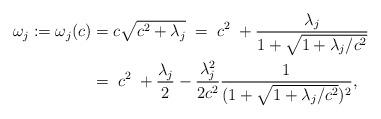
LaTeX: \begin{align*} \omega_j := \omega_j(c) &= c \sqrt{c^2+\lambda_j} \; = \; c^2 \; + \frac{\lambda_j}{1+\sqrt{1+\lambda_j/c^2} } \\&= \; c^2 \; + \frac{\lambda_j}{2} -\frac{\lambda_j^2}{2c^2} \frac{1}{(1+\sqrt{1+\lambda_j/c^2})^2 },\end{align*}